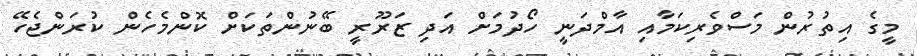
މީގެ އިތުރުން މަސްވެރިކަމާއި އާމްދަނީ ހޯދުމަށް އަދި ޒަރޫރީ ބޭނުންތަކަށް ކޮންމެހެން ކުރަންޖެހޭ